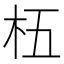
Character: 𬂡